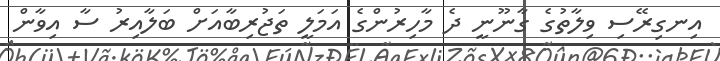
އިނގިރޭސި ވިލާތުގެ ގާނޫނީ ދެ މާހިރުންގެ އަމަލީ ތަޖުރިބާއަށް ބަލާއިރު ސާ އިވާން